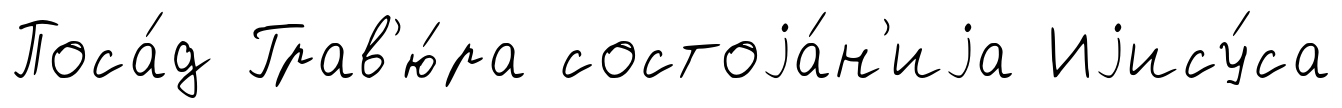
Поса́д Грав'ю́ра состоjа́н'иjа Иjису́са